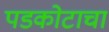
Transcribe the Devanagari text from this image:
पडकोटाचा